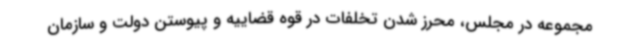
مجموعه در مجلس، محرز شدن تخلفات در قوه قضاییه و پیوستن دولت و سازمان